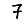
Digit: 7